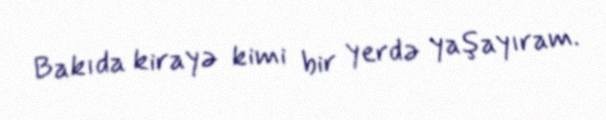
Bakıda kirayə kimi bir yerdə yaşayıram.